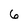
Character: 6